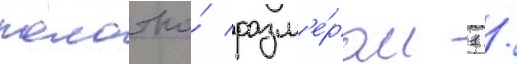
полотно́ разм'е́ром 1 /